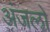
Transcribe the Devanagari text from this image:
अंजलो